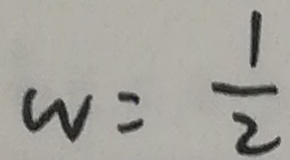
w = \frac { 1 } { 2 }